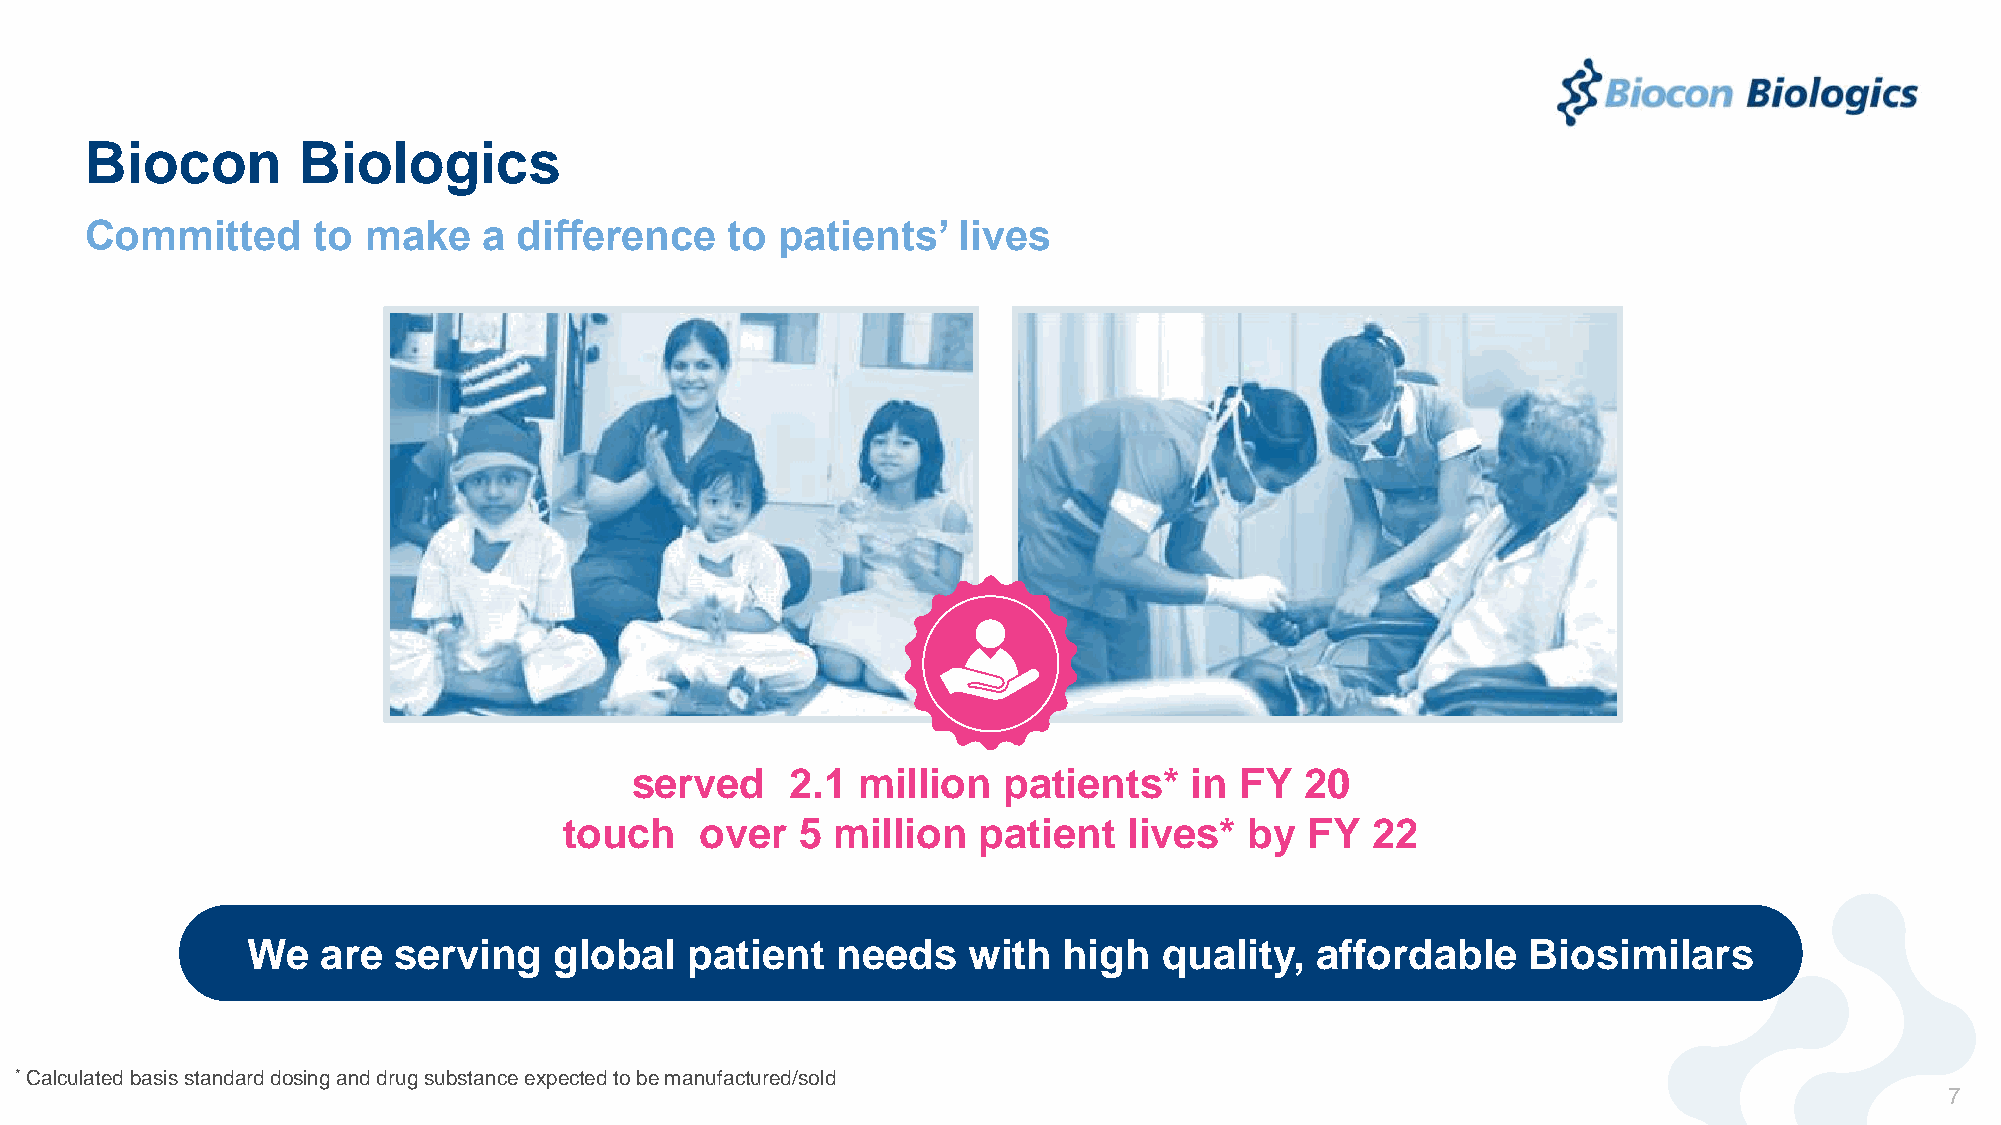
Biocon        Biologics
 Committed      to make    a difference    to  patients’  lives
 served    2.1  million  patients*    in FY  20
 touch    over   5 million   patient   lives*  by  FY  22
 We   are  serving    global   patient  needs    with  high   quality,  affordable    Biosimilars
 *Calculated basis standard dosing and drug substance expected to be manufactured/sold
 7